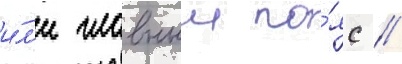
и́л'и главныи по́яс //